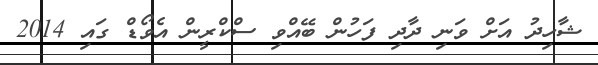
ޝާހިދު އަށް ވަނި ދާދި ފަހުން ބޭއްވި ސްކްރީން އެވޯޑް ގައި 2014